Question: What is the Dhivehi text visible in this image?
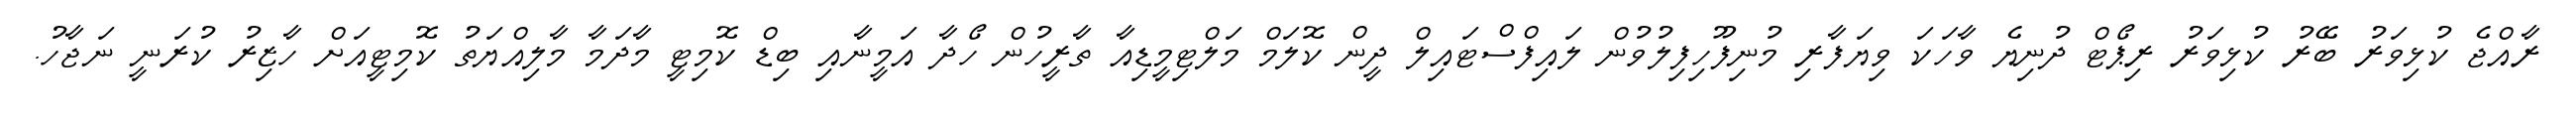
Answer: ރާއްޖެ ކުޅިވަރު ބޭރު ކުޅިވަރު ރިޕޯޓް ދުނިޔެ ވާހަކަ ވިޔަފާރި މުނިފޫހިފިލުވުން ލައިފްސްޓައިލް ދީން ކޮލަމް މަލްޓިމީޑިއާ ތާރީހުން ހޯދާ އަމީނާއި ބިޑް ކޮމިޓީ މާދަމާ މާލިއްޔަތު ކޮމިޓީއަށް ހާޒިރު ކުރަނީ ނަޖާހު.